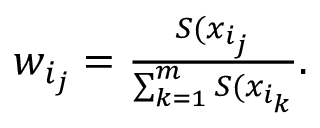
\begin{array} { r } { w _ { i _ { j } } = \frac { S ( x _ { i _ { j } } } { \sum _ { k = 1 } ^ { m } S ( x _ { i _ { k } } } . } \end{array}